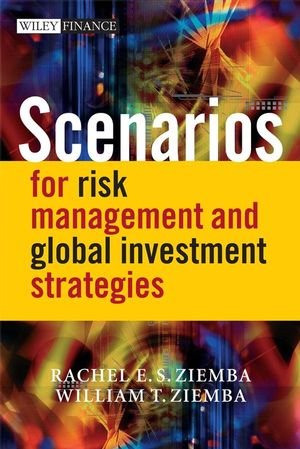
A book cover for Scenarios for Risk Management and Global Investment Strategies; Rachel E. S. Ziemba; Business & Money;